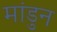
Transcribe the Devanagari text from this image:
मांडुन